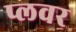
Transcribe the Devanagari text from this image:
प्लवर